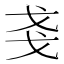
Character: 戔